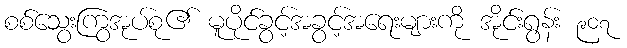
စစ်သွေးကြွအုပ်စု၏ မူပိုင်ခွင့်အခွင့်အရေးများကို အိုင်းရွန်း ၉၀၇